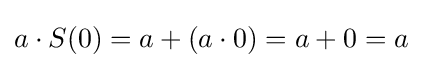
a\cdot S(0)=a+(a\cdot 0)=a+0=a